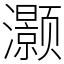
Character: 灏